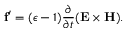
{ \bf f } ^ { \prime } = ( \epsilon - 1 ) { \frac { \partial } { \partial t } } ( { \bf E \times H } ) .